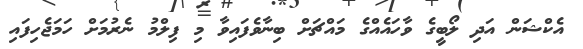
އެކްޝަން އަދި ލޯބީގެ ވާހައެއްގެ މައްޗަށް ބިނާވެފައިވާ މި ފިލްމު ނެރުމަށް ހަމަޖެހިފައި